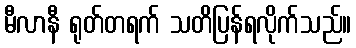
မီလာနီ ရုတ်တရက် သတိပြန်ရလိုက်သည်။